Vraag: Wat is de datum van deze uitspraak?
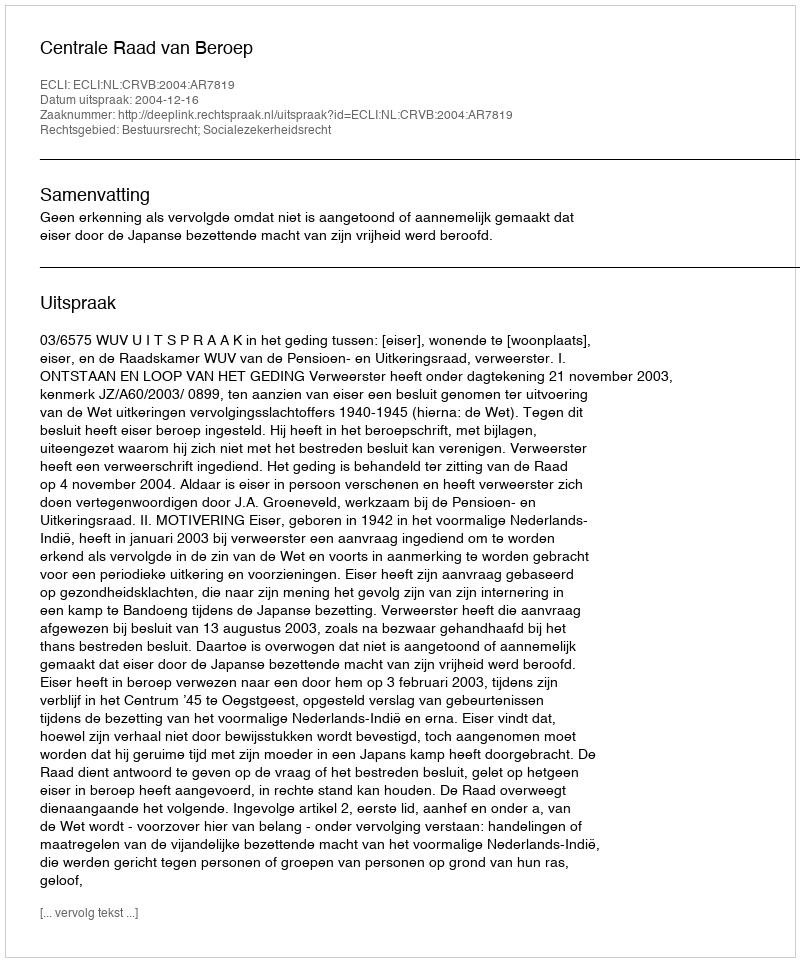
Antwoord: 2004-12-16